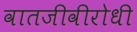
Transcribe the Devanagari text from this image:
वातजीवीरोधी